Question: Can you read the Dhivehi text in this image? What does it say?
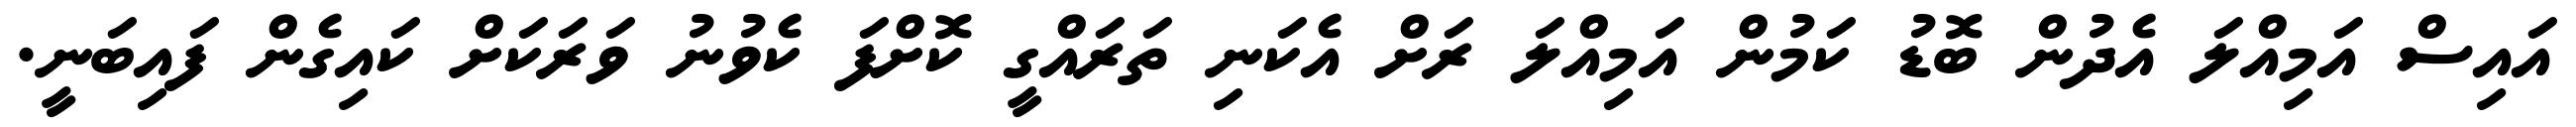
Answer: އައިސް އަމިއްލަ އެދުން ބޮޑު ކަމުން އަމިއްލަ ރަށް އެކަނި ތަރައްގީ ކޮށްފަ ކެވުނު ވަރަކަށް ކައިގެން ފައިބަނީ.